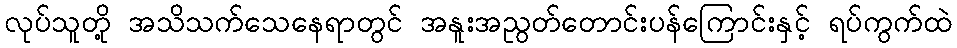
လုပ်သူတို့ အသိသက်သေနေရာတွင် အနူးအညွတ်တောင်းပန်ကြောင်းနှင့် ရပ်ကွက်ထဲ